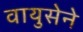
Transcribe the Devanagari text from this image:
वायुसेने